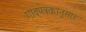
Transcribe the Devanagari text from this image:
गावपत्रकानुसार